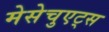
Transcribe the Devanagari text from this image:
मेसेचुएट्स